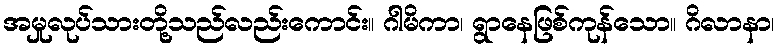
အမှုလုပ်သားတို့သည်လည်းကောင်း။ ဂါမိကာ၊ ရွာနေဖြစ်ကုန်သော။ ဂိလာနာ၊